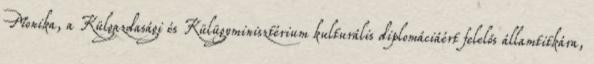
Monika, a Külgazdasági és Külügyminisztérium kulturális diplomáciáért felelős államtitkára,